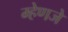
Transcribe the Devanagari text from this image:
म्हेणजे